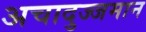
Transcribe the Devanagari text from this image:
अचादुज्जमान